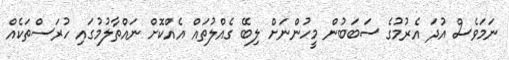
ނަމަވެސް އުދަ އެރުމުގެ ސަބަބުން މީހުންނަށް ލިބޭ ގެއްލުތައް އެއްކޮށް ނައްތާލުމުގައި ހުރަސްތަކެއް